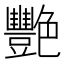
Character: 艷